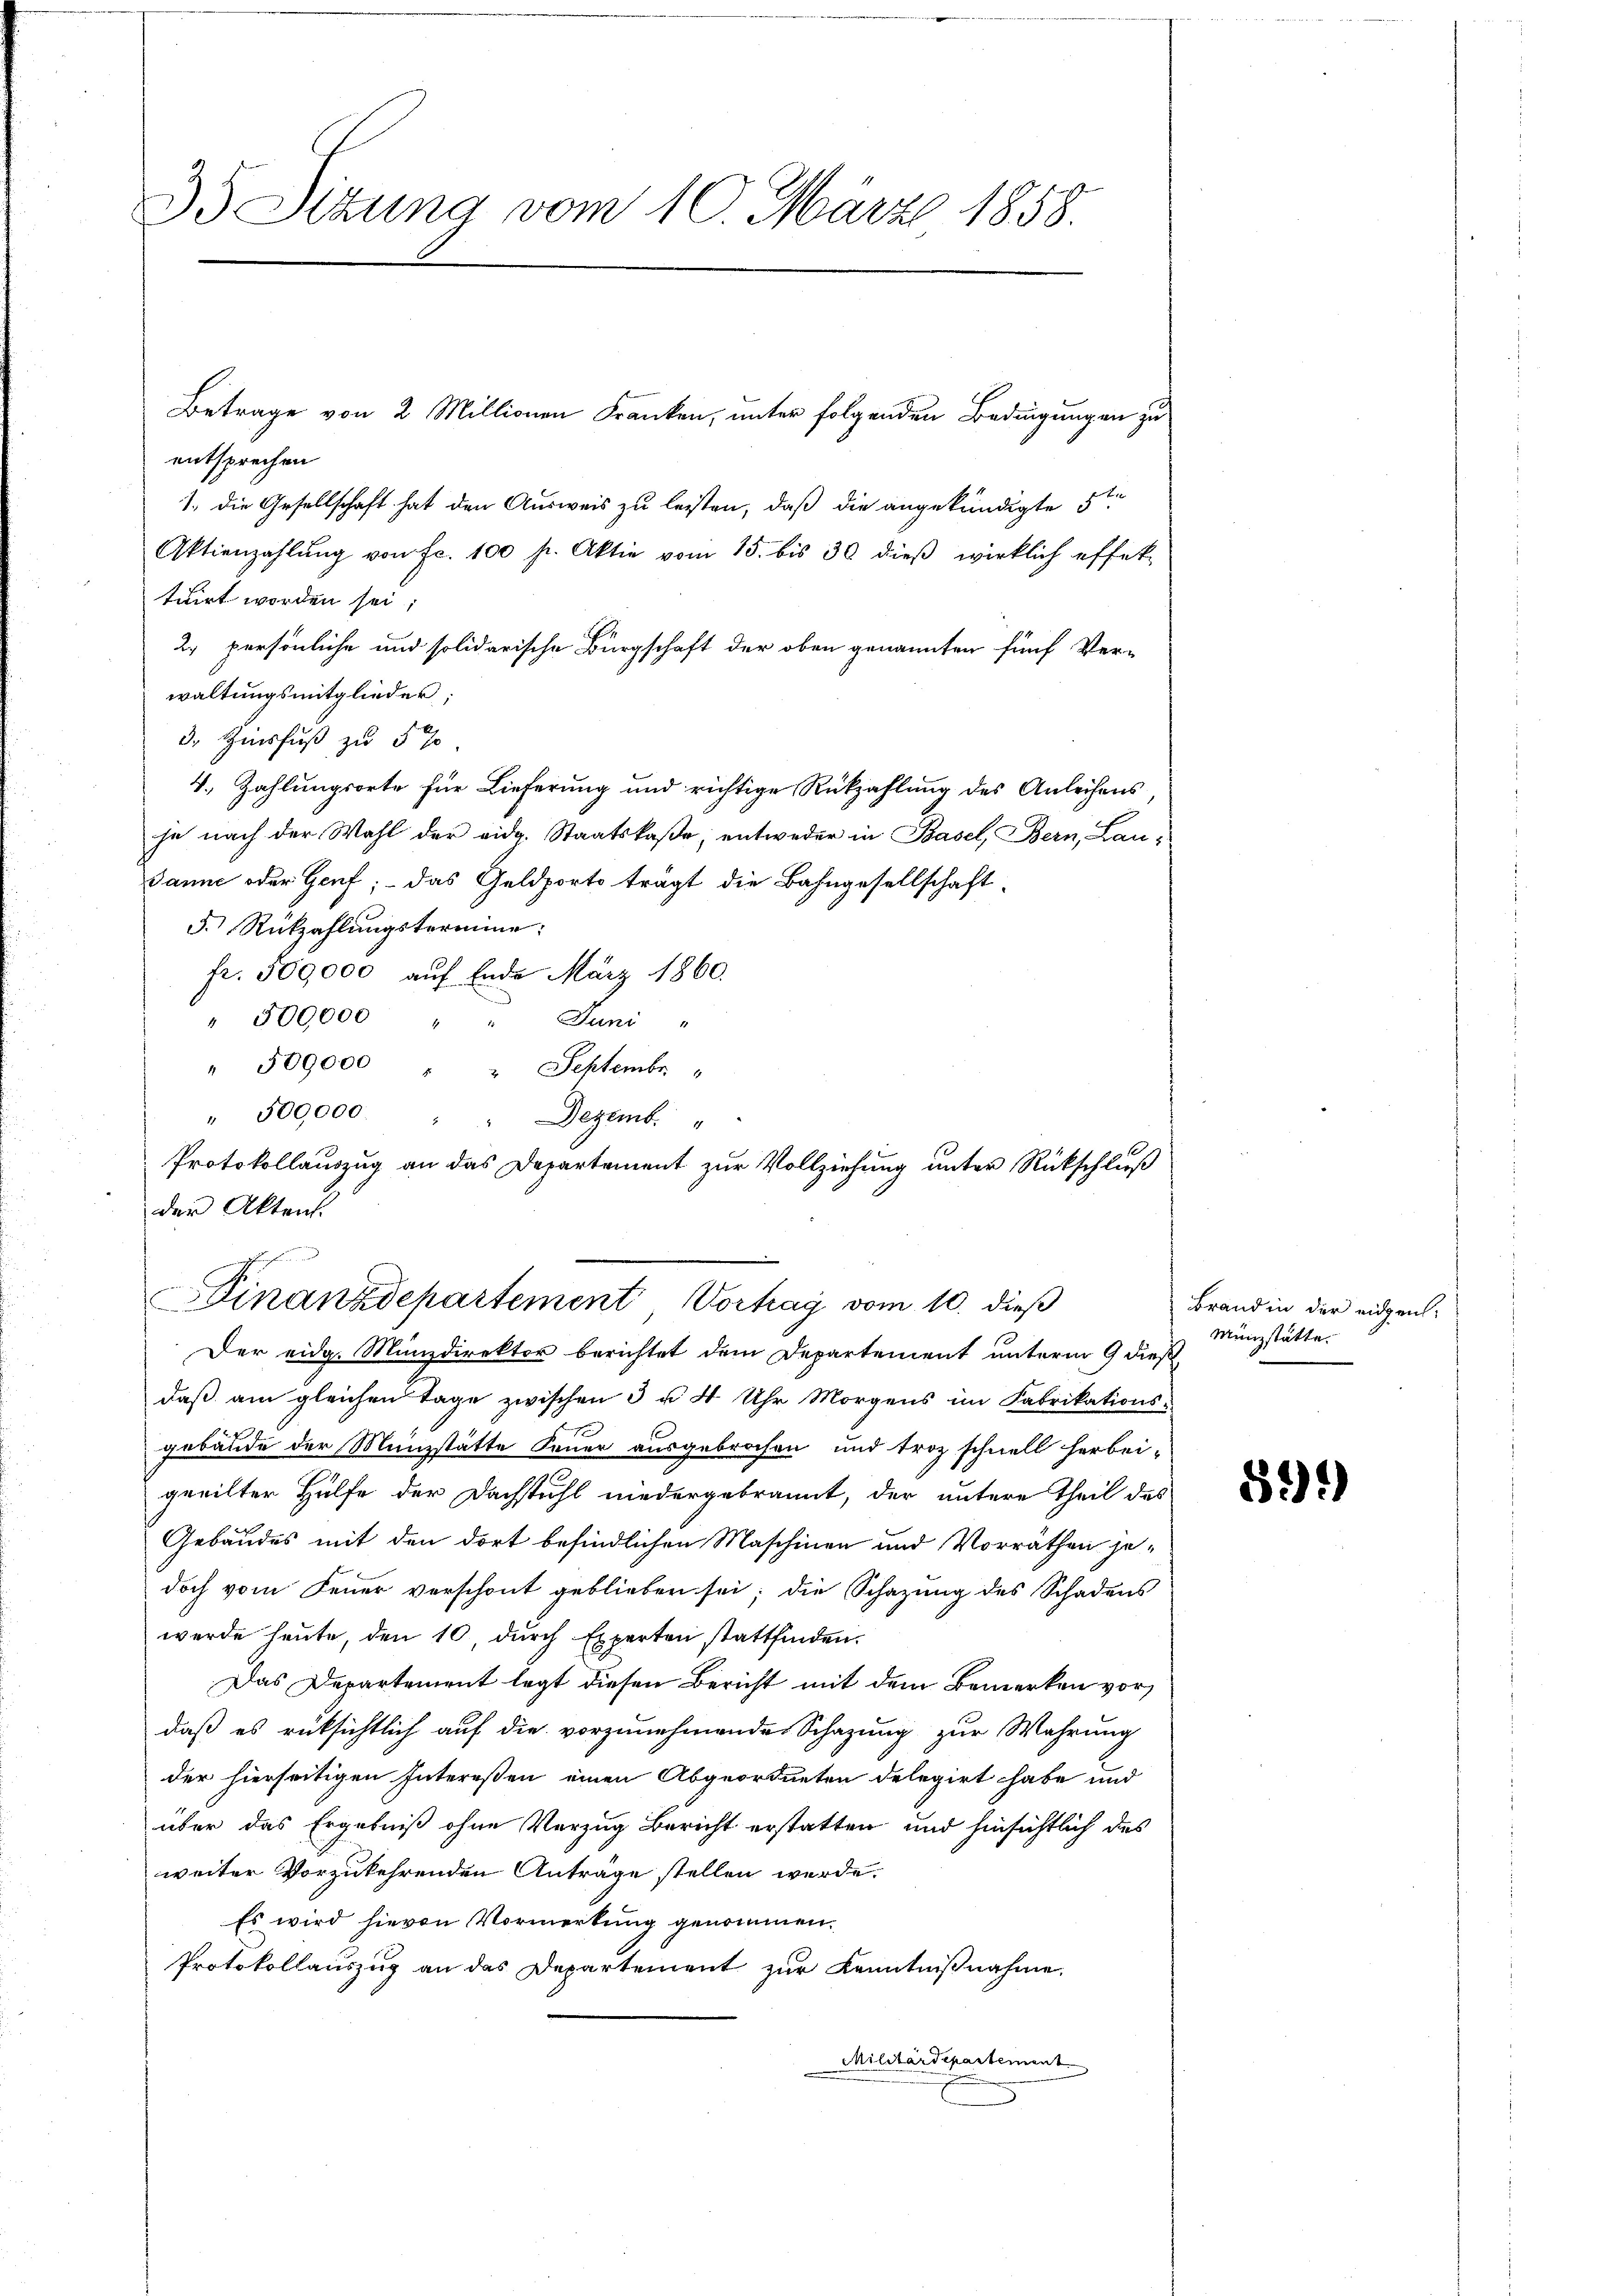
3 Sitzung vom 10. März 1858.

entsprechen
1. die Gesellschaft hat den Ausweis zu leisten, daß die angekündigte 5te
Oktienzahlung von Fr. 100 fr. Aktie vom 15. bis 30 dieß wirklich effek-
tuirt worden sei;
2. persönliche und solidarische Bürgschaft der oben genannten fünf Ver-
waltungsmitglieder;
3. Zinsfuß zu 5 %
4. Zahlungsorte für Lieferung und richtige Rückzahlung des Anleihens,
je nach der Wahl der eidg. Staatskase; entweder in Basel, Bern, Lau¬
Janne oder Genf; – das Geldports trägt die Bahngesellschaft
F. Rückzahlungstermine:
fr. 500,000 auf Ende März 1860.
" 500000 " " Juni "
" 509,000 " " September
" 500,000. " " Dezemb.
Protokollauszug an das Departement zur Vollziehung unter Rückschluß
der Akten.

Finanzdepartement Vortrag vom 10. dieß
Der eidg. Münzdirektor berichtet dem Departement unterm 9 dieß
daß am gleichen Tage zwischen 3 u. 4 Uhr Morgens im Fabrikations-
gebäude der Münzstätte Feuer ausgebrochen und troz schnell herbeigeeilter Hülfe der Dachstuhl niedergebrannt, der untere Theil des
Gebäudes mit den dort befindlichen Maschinen und Vorrathen jedoch vom Feuer verschont geblieben sei; die Schazung des Schadens
werde heute, den 10, durch Experten stattfinden.
Das Departement legt diesen Bericht mit dem Bemerken vor
daß es rüksichtlich auf die vorzunehmende Schazung zur Wahrung
der hierseitigen Intereßen einen Abgeordneten delegirt habe und
über das Ergebniß ohne Vorzug Bericht erstatten und hinsichtlich des
weiter vorzukehrenden Antrage stellen werde.
Es wird hievon Vormerkung genommen,
Protokollauszug an das Departement zur Kenntnißnahme.
Militärdepartement

Betrage von 2 Millionen Franken, unter folgenden Bedingungen zu

Brand in der eidgen.
Münzstätte.

531)